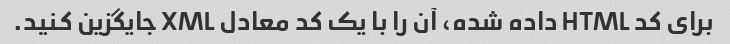
برای کد HTML داده شده، آن را با یک کد معادل XML جایگزین کنید.